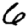
Digit: 6